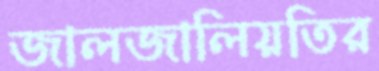
জালজালিয়তির